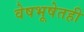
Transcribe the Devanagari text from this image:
वेषभूषेतही